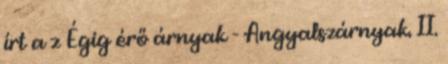
írt a z Égig érő árnyak - Angyalszárnyak. II.